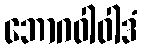
ဘောဂဝါဝါဒံ